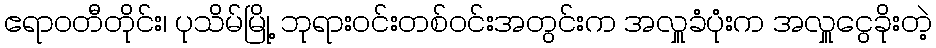
ဧရာဝတီတိုင်း၊ ပုသိမ်မြို့ ဘုရားဝင်းတစ်ဝင်းအတွင်းက အလှူခံပုံးက အလှူငွေခိုးတဲ့